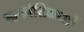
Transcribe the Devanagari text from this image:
स्वकोशिकाओं